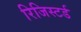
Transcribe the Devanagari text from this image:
रिजिस्टर्ड